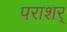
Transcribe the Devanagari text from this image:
पराशर्